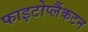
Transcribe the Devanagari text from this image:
फाइटोप्लैंकटन